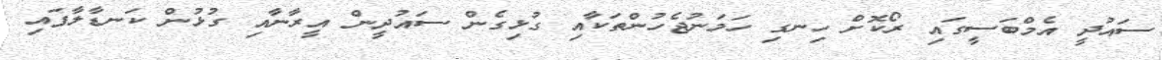
ސައުދީ އެމްބަސީގައި ރޯކޮށް ހިނގި ހަމަނުޖެހުންތަކާއި ގުޅިގެން ސައުދީން އީރާނާއި ގުޅުން ކަނޑާލާފައި